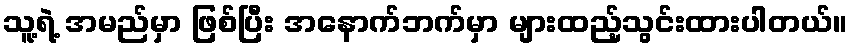
သူ့ရဲ့ အမည်မှာ ဖြစ်ပြီး အနောက်ဘက်မှာ များထည့်သွင်းထားပါတယ်။